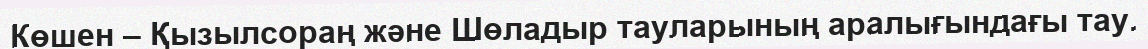
Көшен – Қызылсораң және Шөладыр тауларының аралығындағы тау.